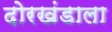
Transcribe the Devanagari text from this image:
दोरखंडाला